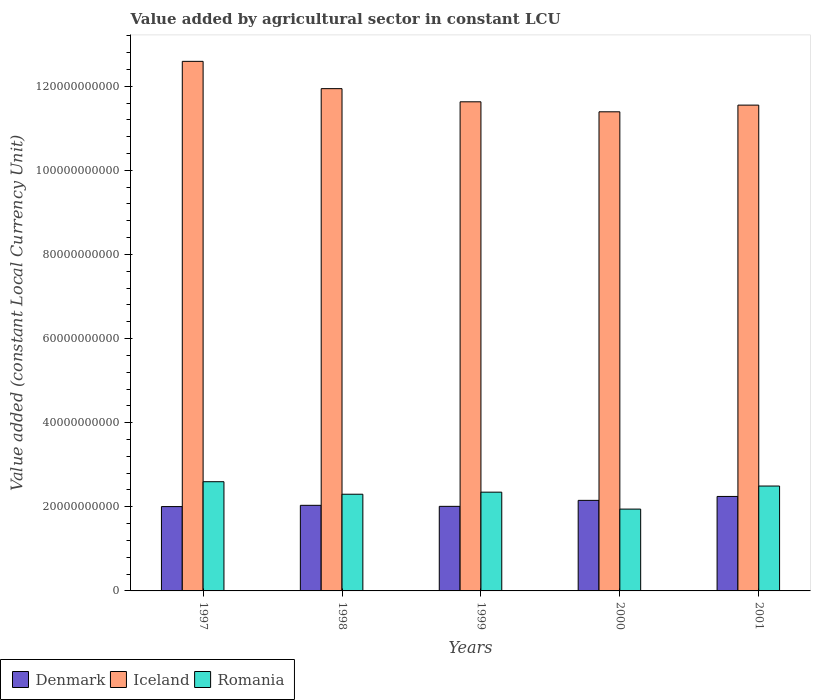
| Years | Denmark | Iceland | Romania |
 | --- | --- | --- | --- |
 | 1997 | 2.01e+10 | 1.26e+11 | 2.6e+10 |
 | 1998 | 2.04e+10 | 1.19e+11 | 2.3e+10 |
 | 1999 | 2.01e+10 | 1.16e+11 | 2.35e+10 |
 | 2000 | 2.15e+10 | 1.14e+11 | 1.95e+10 |
 | 2001 | 2.25e+10 | 1.16e+11 | 2.49e+10 |